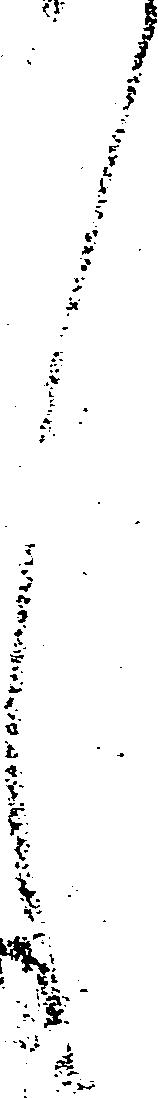
々